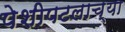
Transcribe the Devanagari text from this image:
पेशीपटलाच्या